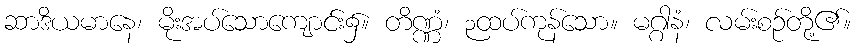
ဆာဒိယမာနေ၊ မိုးအပ်သောကျောင်း၌။ တိဏ္ဏံ၊ ၃ထပ်ကုန်သော။ မဂ္ဂါနံ၊ လမ်းစဉ်တို့၏။